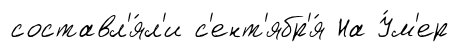
составл'я́л'и с'ент'ябр'я́ На У́м'ер